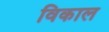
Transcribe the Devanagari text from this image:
विकाल